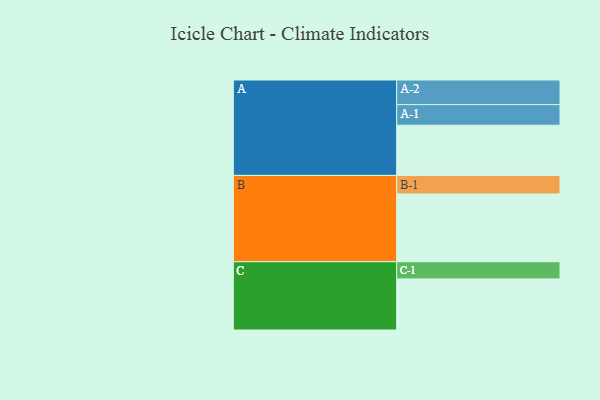
{"axis": {"x": "Segment", "y": "Value"}, "legend": ["", "A", "B", "C"], "data": [{"x": "A", "y": 379, "type": ""}, {"x": "B", "y": 512, "type": ""}, {"x": "C", "y": 386, "type": ""}, {"x": "A-1", "y": 156, "type": "A"}, {"x": "A-2", "y": 186, "type": "A"}, {"x": "B-1", "y": 140, "type": "B"}, {"x": "C-1", "y": 130, "type": "C"}]}